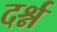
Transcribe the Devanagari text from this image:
दर्श्न